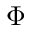
\Phi